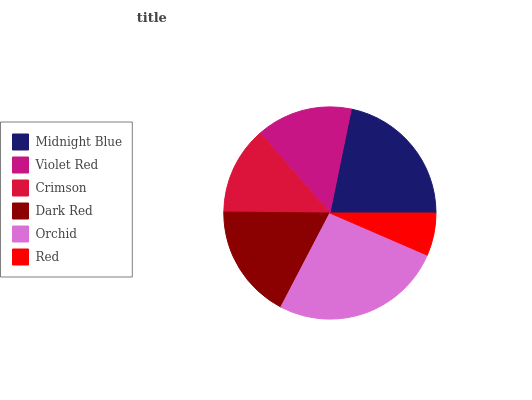
| Midnight Blue | Violet Red | Crimson | Dark Red | Orchid | Red |
 | --- | --- | --- | --- | --- | --- |
 | 21.8% | 14.6% | 13.4% | 17.5% | 26.1% | 6.51% |